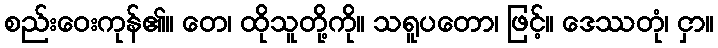
စည်းဝေးကုန်၏။ တေ၊ ထိုသူတို့ကို။ သရူပတော၊ ဖြင့်။ ဒေဿတုံ၊ ငှာ။